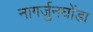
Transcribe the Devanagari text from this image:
नागर्जुनघोंडा